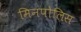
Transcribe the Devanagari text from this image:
मिनपोलिस